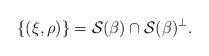
LaTeX: \begin{align*} \{(\xi,\rho)\}=\mathcal{S}(\beta)\cap\mathcal{S}(\beta)^\perp. \end{align*}